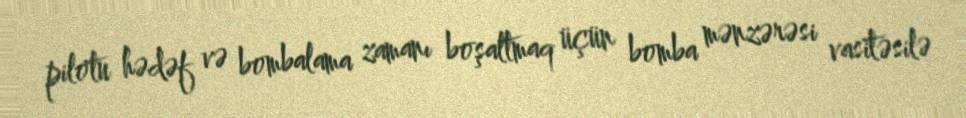
pilotu hədəf və bombalama zamanı boşaltmaq üçün bomba mənzərəsi vasitəsilə